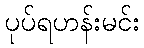
ပုပ်ရဟန်းမင်း